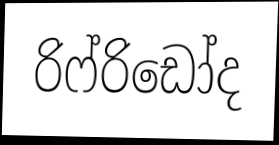
රිෆ්රිඩෝද